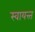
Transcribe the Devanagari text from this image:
स्वायत्त्त